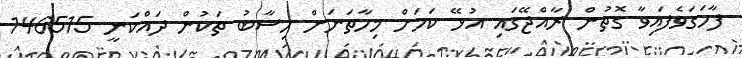
ފާހަގަވެފައިވާ ގޮތުން ރާއްޖޭގައި އުޅޭ ކަމަށް މިހާތަނަށް ހިސާބު ތަކުން ދައްކަނީ 146515